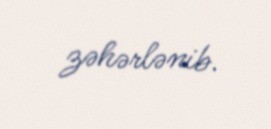
zəhərlənib.